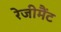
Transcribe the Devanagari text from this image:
रेजीमैंट